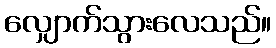
လျှောက်သွားလေသည်။